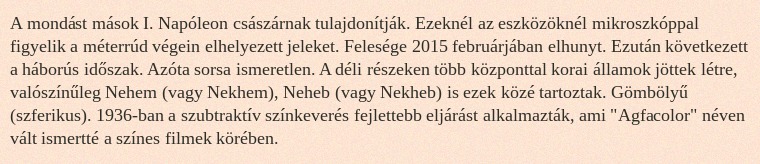
A mondást mások I. Napóleon császárnak tulajdonítják. Ezeknél az eszközöknél mikroszkóppal figyelik a méterrúd végein elhelyezett jeleket. Felesége 2015 februárjában elhunyt. Ezután következett a háborús időszak. Azóta sorsa ismeretlen. A déli részeken több központtal korai államok jöttek létre, valószínűleg Nehem (vagy Nekhem), Neheb (vagy Nekheb) is ezek közé tartoztak. Gömbölyű (szferikus). 1936-ban a szubtraktív színkeverés fejlettebb eljárást alkalmazták, ami "Agfacolor" néven vált ismertté a színes filmek körében.